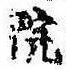
院